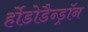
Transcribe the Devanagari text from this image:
र्होडोडैन्ड्रॉन